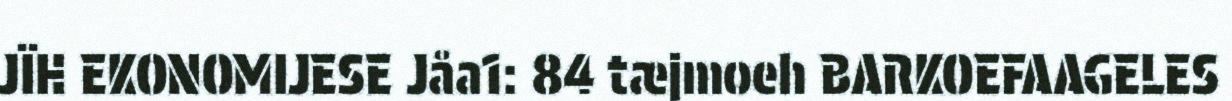
JÏH EKONOMIJESE Jåa1: 84 tæjmoeh BARKOEFAAGELES